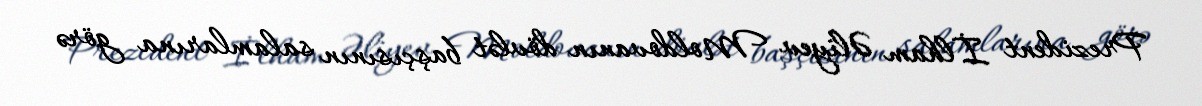
Prezident İlham Əliyev Moldovanın dövlət başçısının salamlarına görə